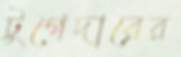
টুগেদারের